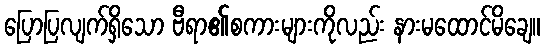
ပြောပြလျက်ရှိသော ဗီရာ၏စကားများကိုလည်း နားမထောင်မိချေ။